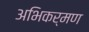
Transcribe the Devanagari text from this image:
अभिकर्मण